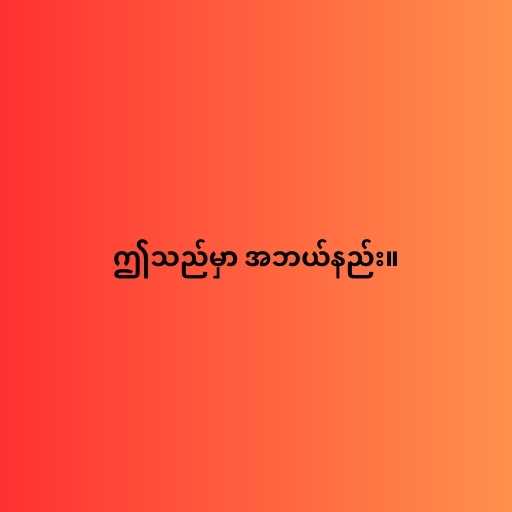
ဤသည်မှာ အဘယ်နည်း။